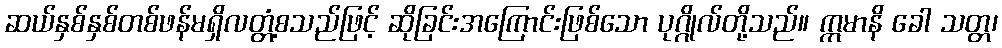
ဆယ်နှစ်နှစ်တစ်ဖန်မရှိလတ္တံ့စသည်ဖြင့် ဆိုခြင်းအကြောင်းဖြစ်သော ပုဂ္ဂိုလ်တို့သည်။ ဣမာနိ ခေါ သတ္တ၊